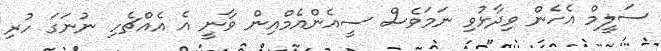
ސަލީމް އެހެން ވިދާޅުވި ނަމަވެސް ސީއެންއެމްއިން ވާނީ އެ އެއްޗެހި ނުނަގަ ހުރި